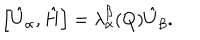
LaTeX: \left[ \hat { U } _ { \alpha } , \hat { H } \right] = \lambda _ { \alpha } ^ { \beta } ( Q ) \hat { U } _ { \beta } .